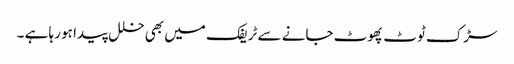
سڑک ٹوٹ پھوٹ جانے سے ٹریفک میں بھی خلل پیدا ہو رہا ہے ۔